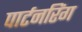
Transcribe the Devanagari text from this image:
पार्टनरिंग